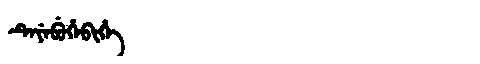
Manchu: ᡨᡝᠶᡝᠪᡠᡥᡝᠪᡳᡥᡝ
Romanization: TEYEBUHEBIHE